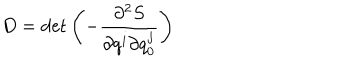
D = \det \left( - \frac { \partial ^ { 2 } S } { \partial q ^ { i } \partial q _ { 0 } ^ { j } } \right)